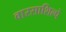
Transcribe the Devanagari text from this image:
वारसाशिल्पे